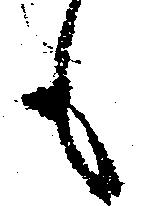
も